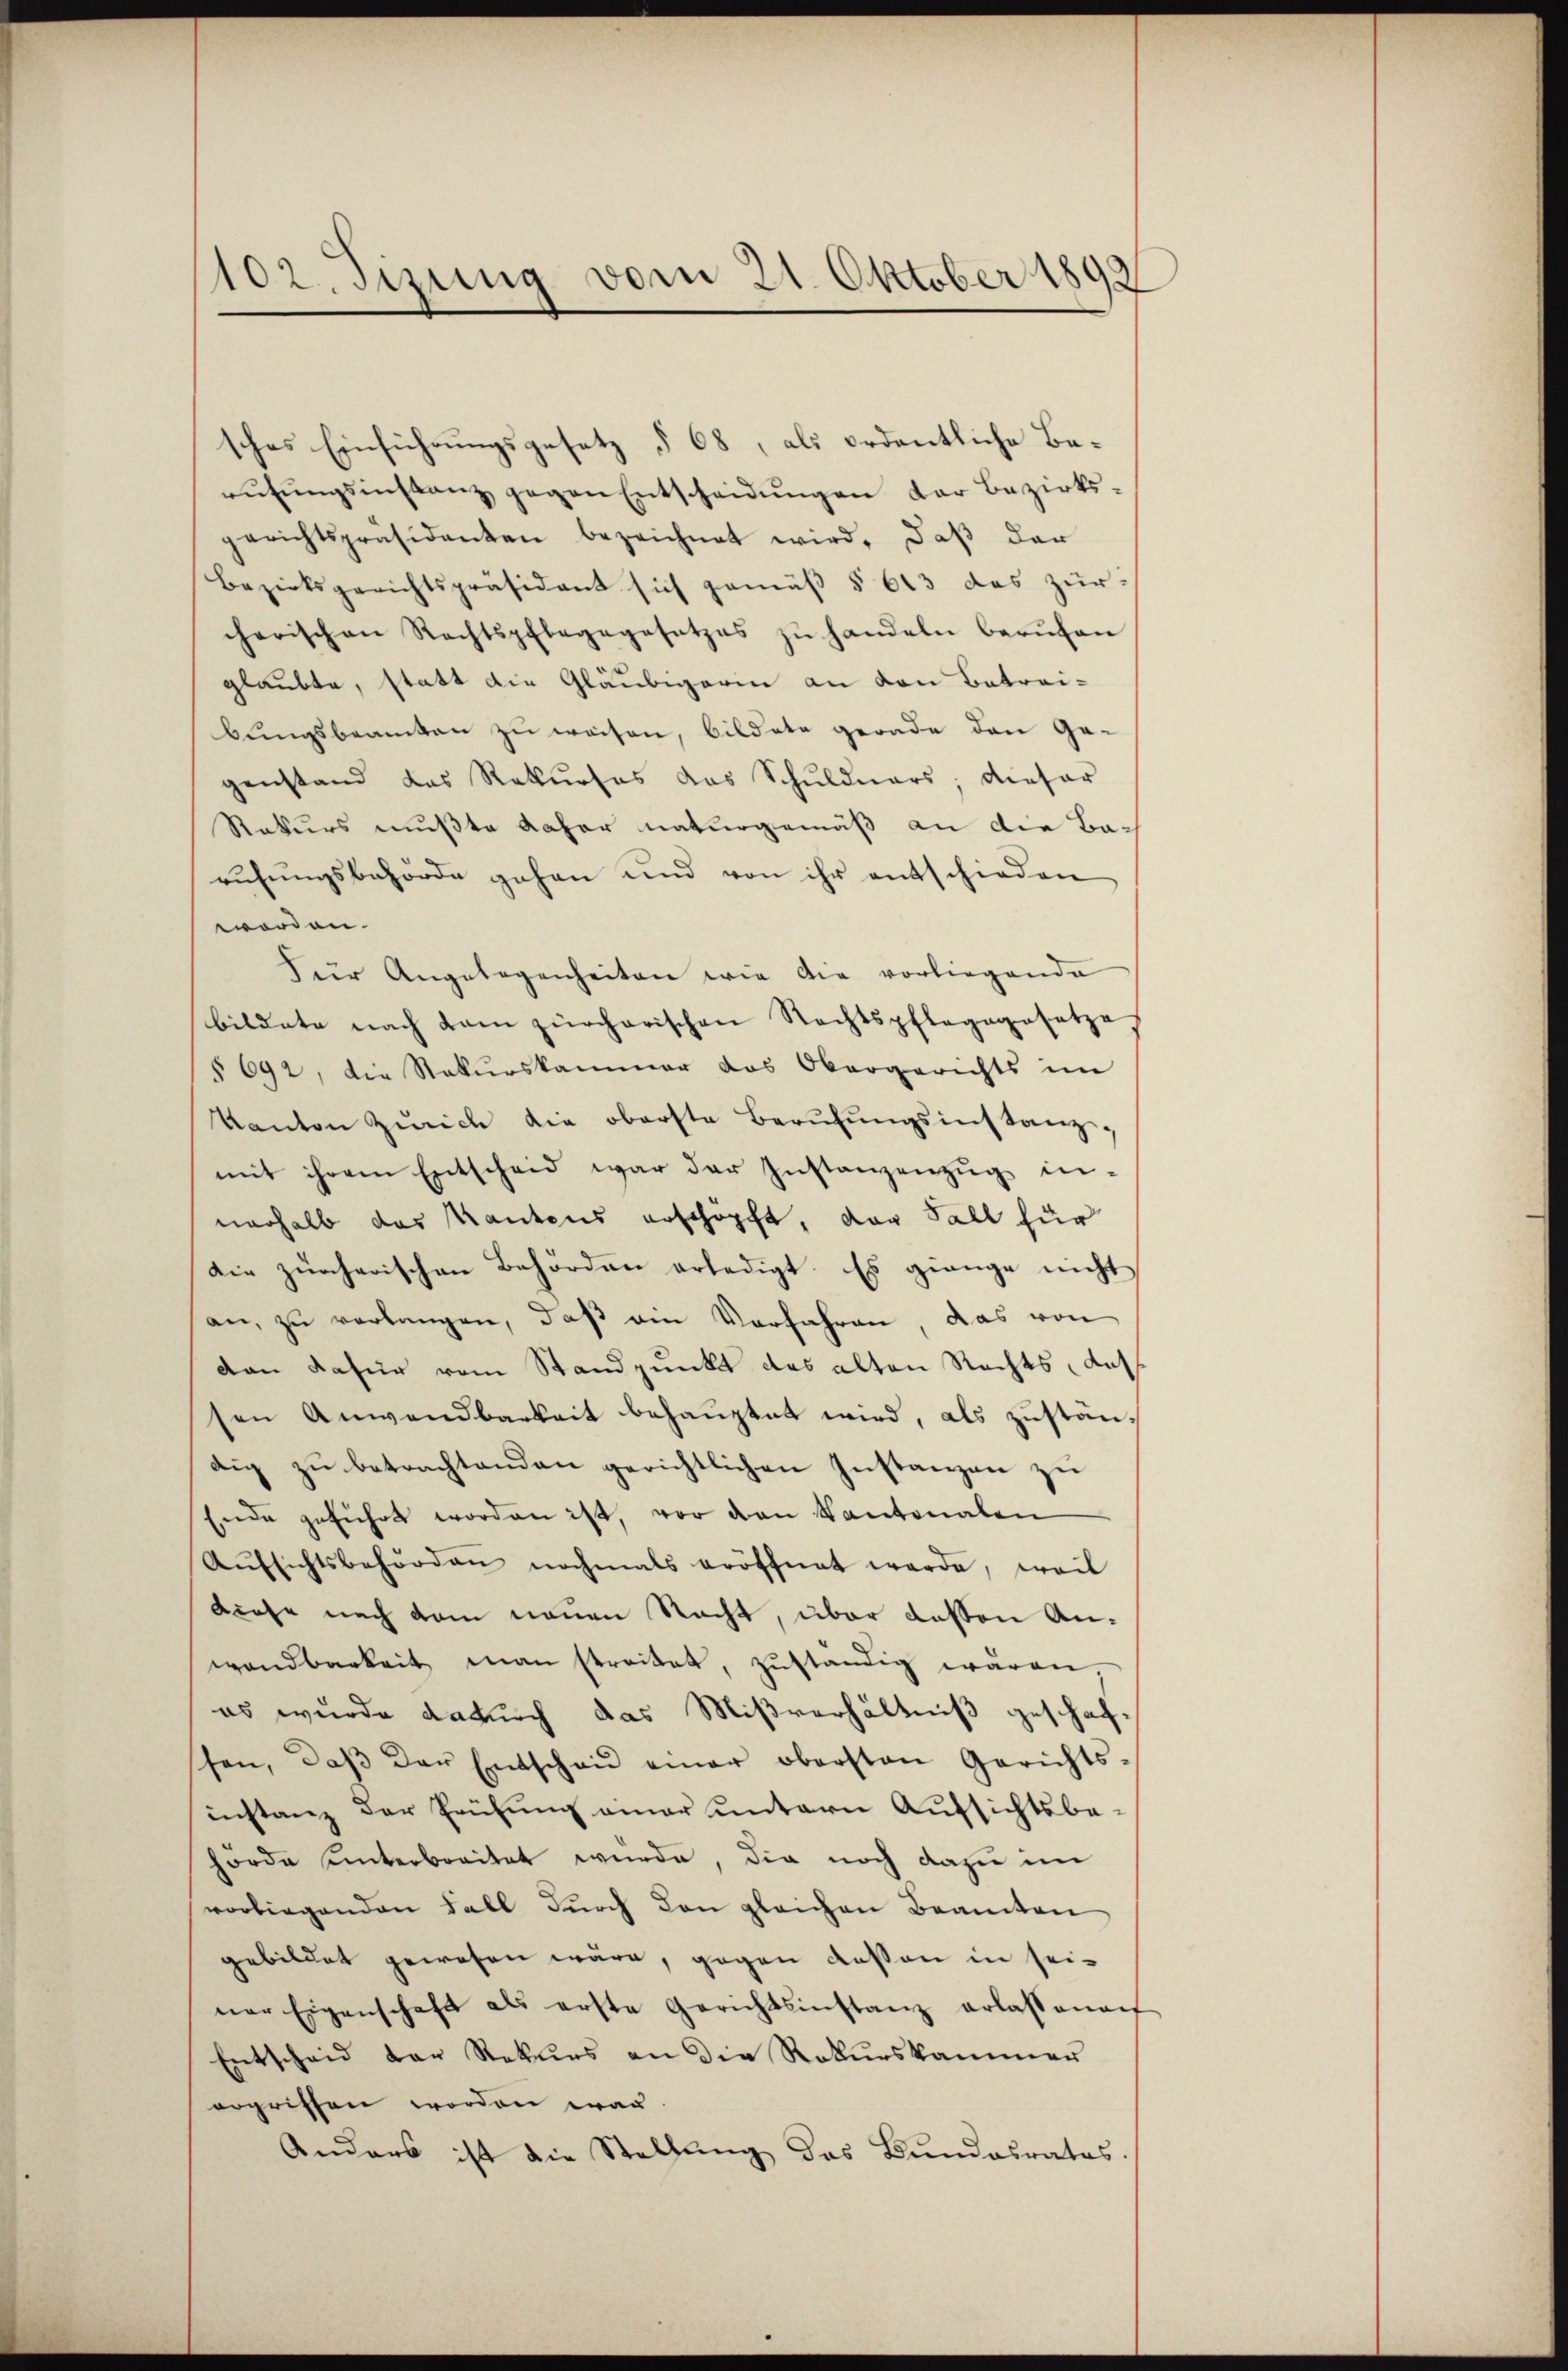
102. Sizung vom 21. Oktober 1893

sches Einführungsgesetz § 68, als ordentliche Berŭtŭngsinstanz gegen Entscheidŭngen der Bezirksgerichtspräsidenten bezeichnet wird, daβ der
Bezirksgerichtspräsident sich gemäß § 613 das zur
cherischen Rechtspflegegesetzes zŭ handeln berŭfen
glaubte, statt die Gläubigerin an von Betrai-
bungsbeamten zu weisen, bildete gerade den Ge-
genstand das Rekurses das Schuldners; dieser
Rekurs mußte daher naturgemäß an die Barŭhŭngsbehörde gehen und von ihr entschieden
worden.
für Angelegenheiten wie die vorliegende
bildete nach kam zürcherischen Rechtspfleggesetze
§ 692, die Rekurskammer das Obergerichts im
Kanton Zürich die oberste Berŭfŭngsinstanz-
mit ihrem Entscheid war der Instanzenzŭg in-
nerhalb das Kantons erschöpft, der Fall für
die zürcherischen Behörden erledigt. Es grange nicht
an, zu verlangen, daß am Vorfahren, das von
dan dafür vom Standpunkt das alten Rechts, das
sen Anwendbarkeit behaŭptet wird, als zŭstän-
dig zu betrachtenden gerichtlichen Instanzen zu
Ende geführt worden ist, vor den Kantonalen
Aŭfsichtsbehörden nochmals eröffnet werde, weil
Liese nach dem neuen Nacht, über dessen Anwandbarkeit man streitet, zŭständig wären,
es wurde dadurch das Mißverhältniß geschaf
ssen, daβ der Entschaŭ einer obersten Gerichts-
instanz der Prüfung einer untern Aufsichtsbehörde unterbreitet wurde, die noch dazu im
vorliegenden Fall dŭrch den gleichen Beamten
gebildet gewesen wäre, gegen dessen in sei-
ner Eigenschaft als erste Gerichtsinstanz erlassena
Entscheid der Rekurs an die Rekurskammer
ergriffen worden war.
Anders ist die Stellung das Bundesrates